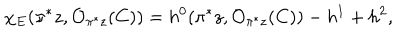
LaTeX: \chi _ { E } ( \pi ^ { * } z , { \cal O } _ { \pi ^ { * } z } ( C ) ) = h ^ { 0 } ( \pi ^ { * } z , { \cal O } _ { \pi ^ { * } z } ( C ) ) - h ^ { 1 } + h ^ { 2 } ,